Civil Veterinary Department. Madras. Admin. report 1926-33 - 1926-1933
Year: 1926
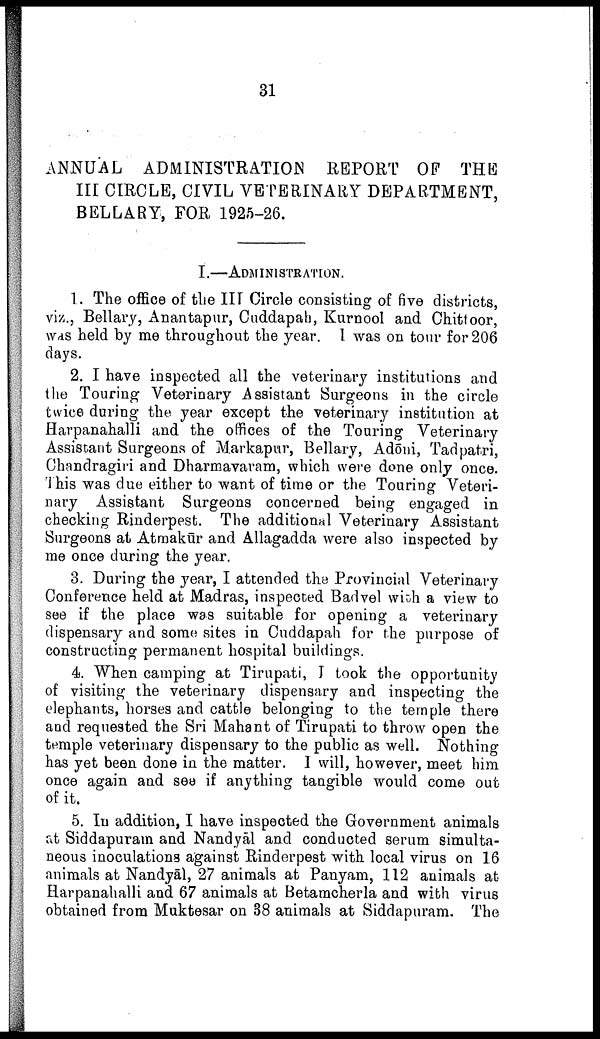
31
ANNUAL ADMINISTRATION
REPORT OF THE
III CIRCLE, CIVIL VETERINARY DEPARTMENT,
BELLARY, FOR 1925-26.
I.—ADMINISTRATION.
1. The office of the III Circle consisting of five districts,
viz., Bellary, Anantapur, Cuddapah, Kurnool and Chittoor,
was held by me throughout the year. I was on tour for 206
days.
2. I have inspected all the veterinary institutions and
the Touring Veterinary Assistant Surgeons in the circle
twice during the year except the veterinary institution at
Harpanahalli and the offices of the Touring Veterinary
Assistant Surgeons of Markapur, Bellary, Adōni, Tadpatri,
Chandragiri and Dharmavaram, which were done only once.
This was due either to want of time or the Touring Veteri
nary Assistant Surgeons concerned being engaged in
checking Rinderpest. The additional Veterinary Assistant
Surgeons at Atmakūr and Allagadda were also inspected by
me once during the year.
3. During the year, I attended the Provincial Veterinary
Conference held at Madras, inspected Badvel with a view to
see if the place was suitable for opening a veterinary
dispensary and some sites in Cuddapah for the purpose of
constructing permanent hospital buildings.
4. When camping at Tirupati, J took the opportunity
of visiting the veterinary dispensary and inspecting the
elephants, horses and cattle belonging to the temple there
and requested the Sri Mahant of Tirupati to throw open the
temple veterinary dispensary to the public as well. Nothing
has yet been done in the matter. I will, however, meet him
once again and see if anything tangible would come out
of it.
5. In addition, I have inspected the Government animals
at Siddapuram and Nandyāl and conducted serum simulta
neous inoculations against Rinderpest with local virus on 16
animals at Nandyāl, 27 animals at Panyam, 112 animals at
Harpanahalli and 67 animals at Betamcherla and with virus
obtained from Muktesar on 38 animals at Siddapuram. The